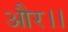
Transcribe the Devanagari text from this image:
और।।